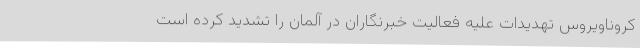
کروناویروس تهدیدات علیه فعالیت خبرنگاران در آلمان را تشدید کرده است